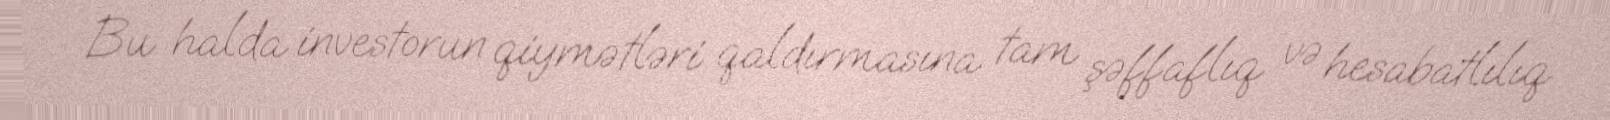
Bu halda investorun qiymətləri qaldırmasına tam şəffaflıq və hesabatlılıq